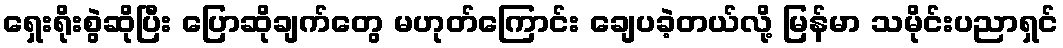
ရှေးရိုးစွဲဆိုပြီး ပြောဆိုချက်တွေ မဟုတ်ကြောင်း ချေပခဲ့တယ်လို့ မြန်မာ သမိုင်းပညာရှင်